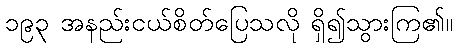
၁၉၃ အနည်းငယ်စိတ်ပြေသလို ရှိ၍သွားကြ၏။